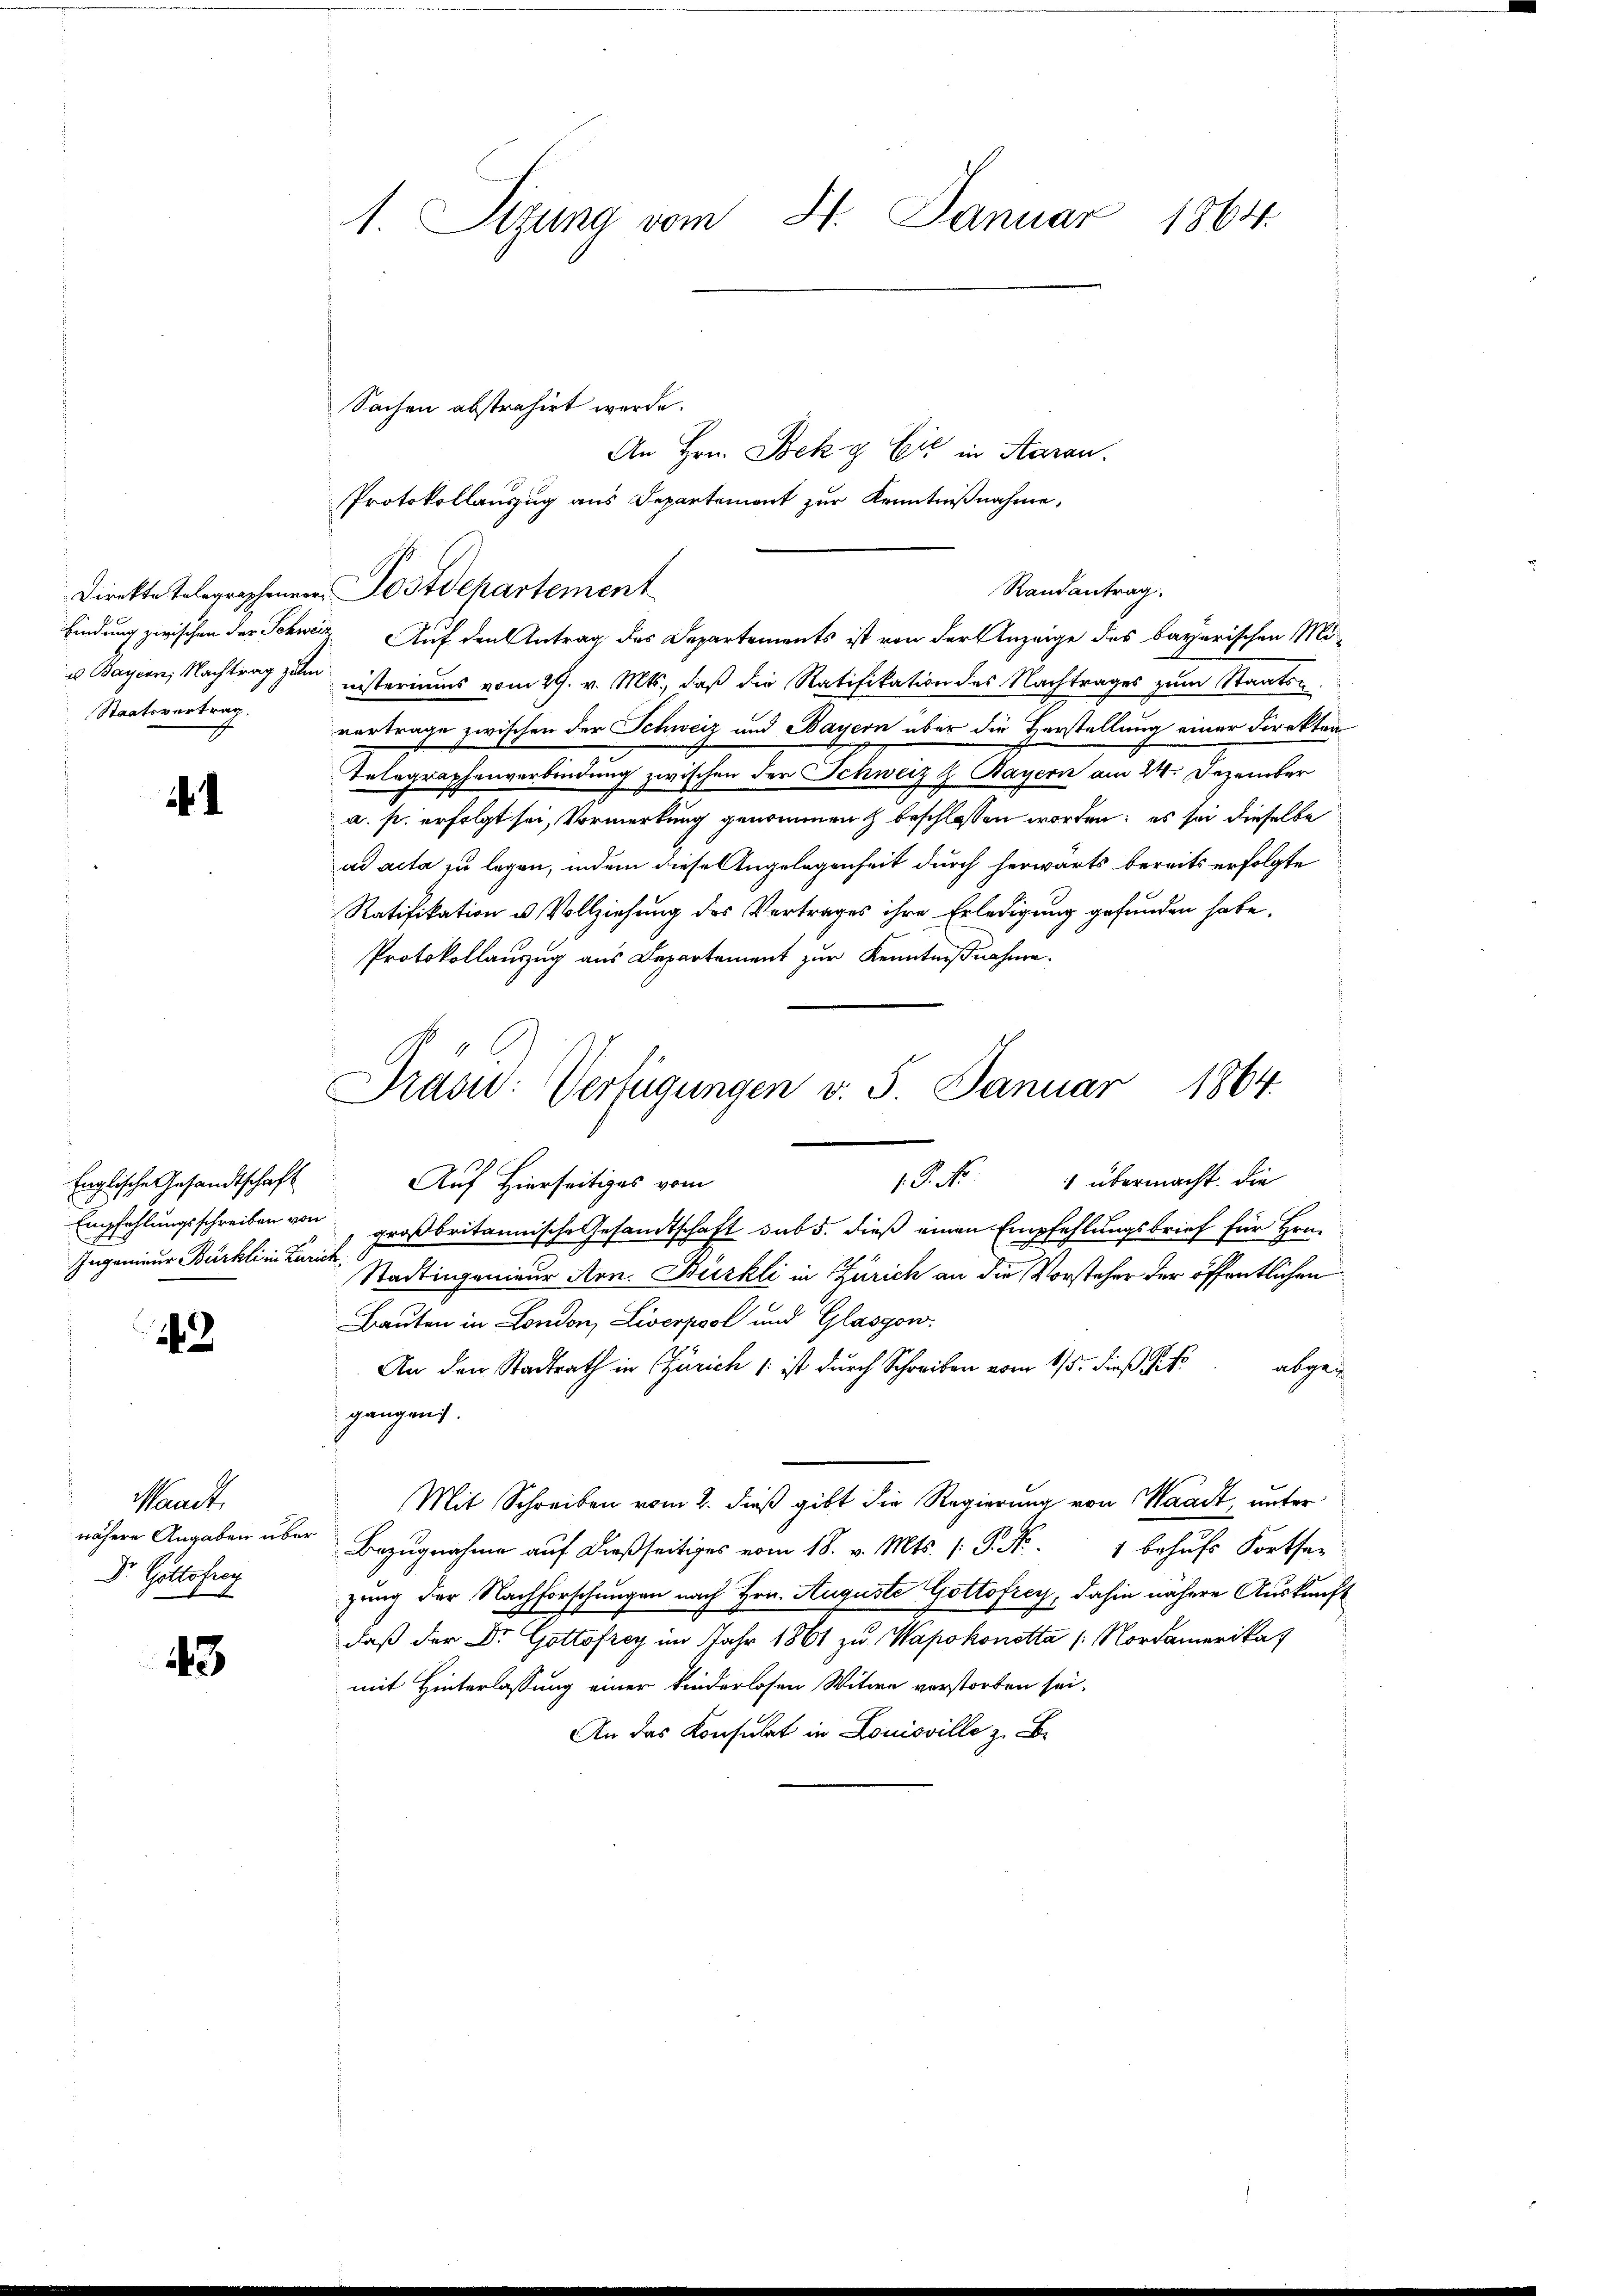
Staatsvertrag.

.

Englische Gesandtschaft
Empfehlungsschreiben von
Ingenieur Bürkli in Zürich.

2

Waadt,
Dr. Gottofrey

43

1. Sitzung vom 4. Januar 1864

Sachen abstrahirt werde.

Protokollauszug aus Departement zur Kenntnißnahme,
findung zwischen der Schweiz Auf den Antrag des Departements ist von der Anzeige des bayerischen Mi-
u Bayern, Nachtrag zum nisteriums vom 29. v. Mts., daß die Ratifikation des Nachtrages zum Staats-
vertrage zwischen der Schweiz und Bayern über die Vorstellung einer Direkten
Telegraphenverbindung zwischen der Schweiz h. Bayern am 24. Dezember
a. p. erfolgt sei, Vormerkung genommenz beschlossen worden; es sei dieselbe
ad acta zu legen, indem diese Angelegenheit durch herwärts bereits erfolgte
Ratifikation u. Vollziehung des Vertrages ihre Erledigung gefunden habe.
Protokollauszug aus Departement zur Kenntnißnahme.
großbritannische Gesandtschaft sub 5. dieß einen Empfehlungsbrief für Hrn.
Stadtingenieur Arn. Bürkli in Zürich an die Vorsteher der öffentlichen
Bauten in London, Liverpool und Glasgon
An den Stadtrath in Zürich /: ist durch Schreiben vom 15. dieß si
abgeg
gangen.
Mit Schreiben vom 2. dieß gibt die Regierung von Waadt, unter
nähere Angaben über Bezugnahme auf dießseitiges vom 18. v. Mts. (: P. Nr. 1 behufs Fortser
zung der Nachforschungen nach Hrn. Auguste Gottofrey, dahin nähere Auskunft
daß der Dr. Gottofrey im Jahr 1861 zu Wapokonetta /: Nordamerikat
mit Hinterlassung einer kinderlosen Witwe vorstorben sei.
An das Konsulat in Louisville z. B.

Direkte Telegraphenen Postdepartement

An Hrn. Bock g Eić in Aarau
Randantrag.

Drasu: Verfügungen v. 5. Januar 1864.
.P. Nr. 1 übermacht. Die
Auf Hierseitiges vom